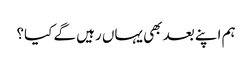
ہم اپنے بعد بھی یہاں رہیں گے کیا؟